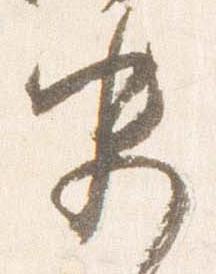
史